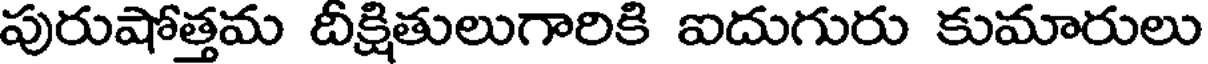
పురుషోత్తమ దీక్షితులుగారికి ఐదుగురు కుమారులు